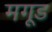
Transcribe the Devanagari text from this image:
मगूड